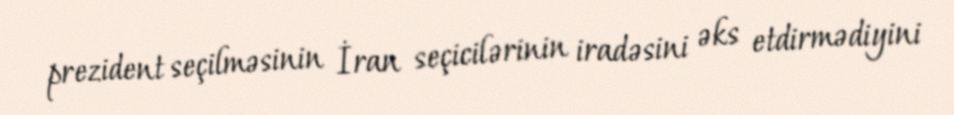
prezident seçilməsinin İran seçicilərinin iradəsini əks etdirmədiyini